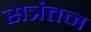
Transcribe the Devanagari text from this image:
सत्रंतन